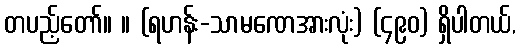
တပည့်တော်။ ။ (ရဟန်း-သာမဏေအားလုံး) (၄၉၀) ရှိပါတယ်,